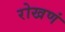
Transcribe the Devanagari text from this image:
रोखणं